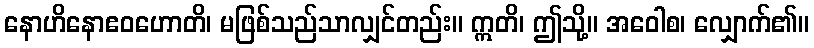
နောဟိနောဧဝဟောတိ၊ မဖြစ်သည်သာလျှင်တည်း။ ဣတိ၊ ဤသို့။ အဝေါစ၊ လျှောက်၏။